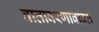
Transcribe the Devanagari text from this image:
वातावरणाबाबत